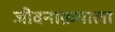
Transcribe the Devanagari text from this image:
जीवनाक्रमाला